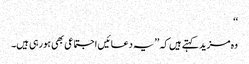
‘‘
وہ مزید کہتے ہیں کہ ’’یہ دعائیں اجتماعی بھی ہورہی ہیں۔